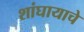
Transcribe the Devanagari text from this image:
शांघायाचे